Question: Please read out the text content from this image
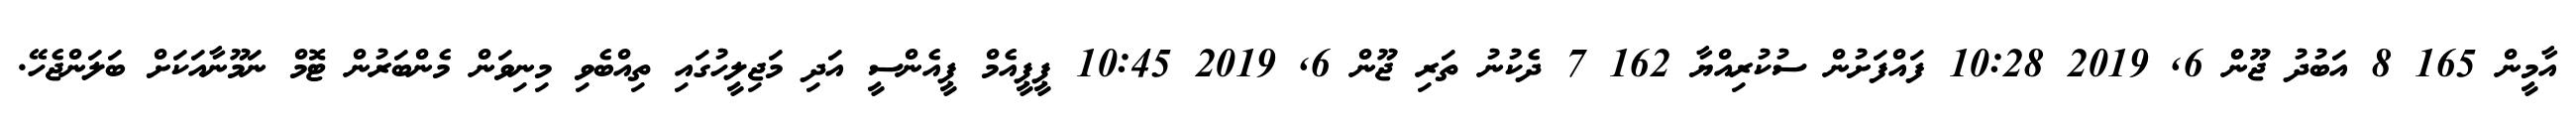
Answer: އާމީން 165 8 އަބުދު ޖޫން 6, 2019 10:28 ފައްފަށުން ސުކުރިއްޔާ 162 7 ދެކުނު ތަރި ޖޫން 6, 2019 10:45 ޕީޕީއެމް ޕީއެންސީ އަދި މަޖިލީހުގައި ތިއްބެވި މިނިވަން މެންބަރުން ޓޮމް ނަމޫނާއަކަށް ބަލަންޖެހޭ.